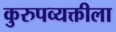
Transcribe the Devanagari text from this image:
कुरुपव्यक्तीला